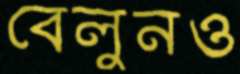
বেলুনও